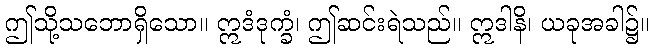
ဤသို့သဘောရှိသော။ ဣဒံဒုက္ခံ၊ ဤဆင်းရဲသည်။ ဣဒါနိ၊ ယခုအခါ၌။